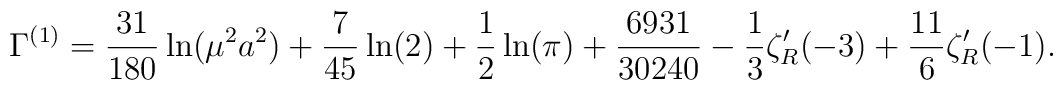
\Gamma^{(1)}={31\over 180}\ln(\mu^{2}a^{2})+{7\over 45}\ln(2)+{1\over 2}\ln(\pi)+{6931\over 30240}-{1\over 3}\zeta_{R}'(-3)+{11\over 6}\zeta_{R}'(-1) .